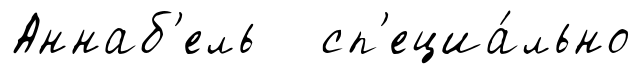
Аннаб'ель сп'ециа́льно